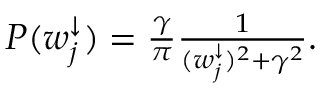
\begin{array} { r } { P ( w _ { j } ^ { \downarrow } ) = \frac { \gamma } { \pi } \frac { 1 } { ( w _ { j } ^ { \downarrow } ) ^ { 2 } + \gamma ^ { 2 } } . } \end{array}